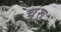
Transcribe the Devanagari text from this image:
चू़रू